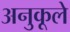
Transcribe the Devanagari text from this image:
अनुकूले